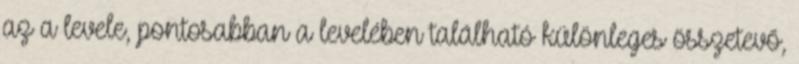
az a levele, pontosabban a levelében található különleges összetevő,